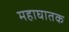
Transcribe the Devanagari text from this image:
महाघातक